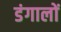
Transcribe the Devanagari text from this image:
डंगालों